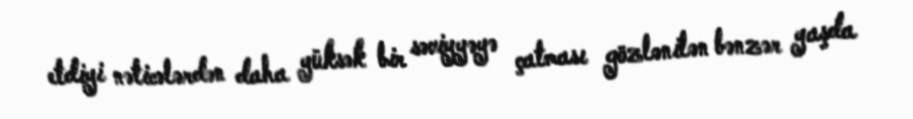
etdiyi nəticələrdən daha yüksək bir səviyyəyə çatması gözlənilən bənzər yaşda